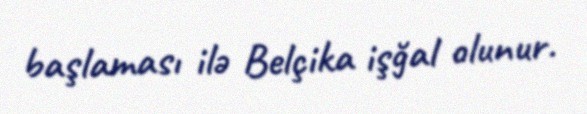
başlaması ilə Belçika işğal olunur.